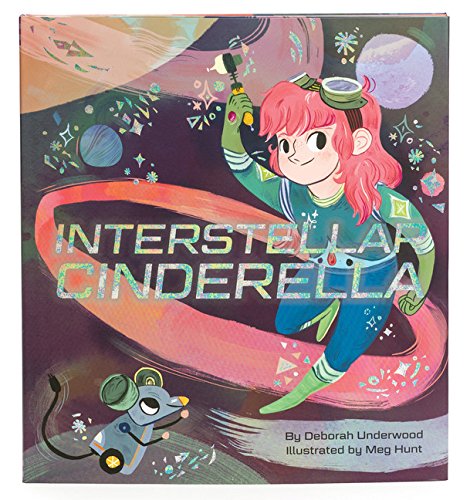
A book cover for Interstellar Cinderella; Deborah Underwood; Children's Books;